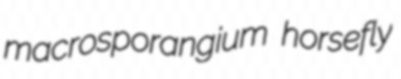
macrosporangium horsefly